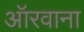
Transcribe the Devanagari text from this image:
ऑरवाना